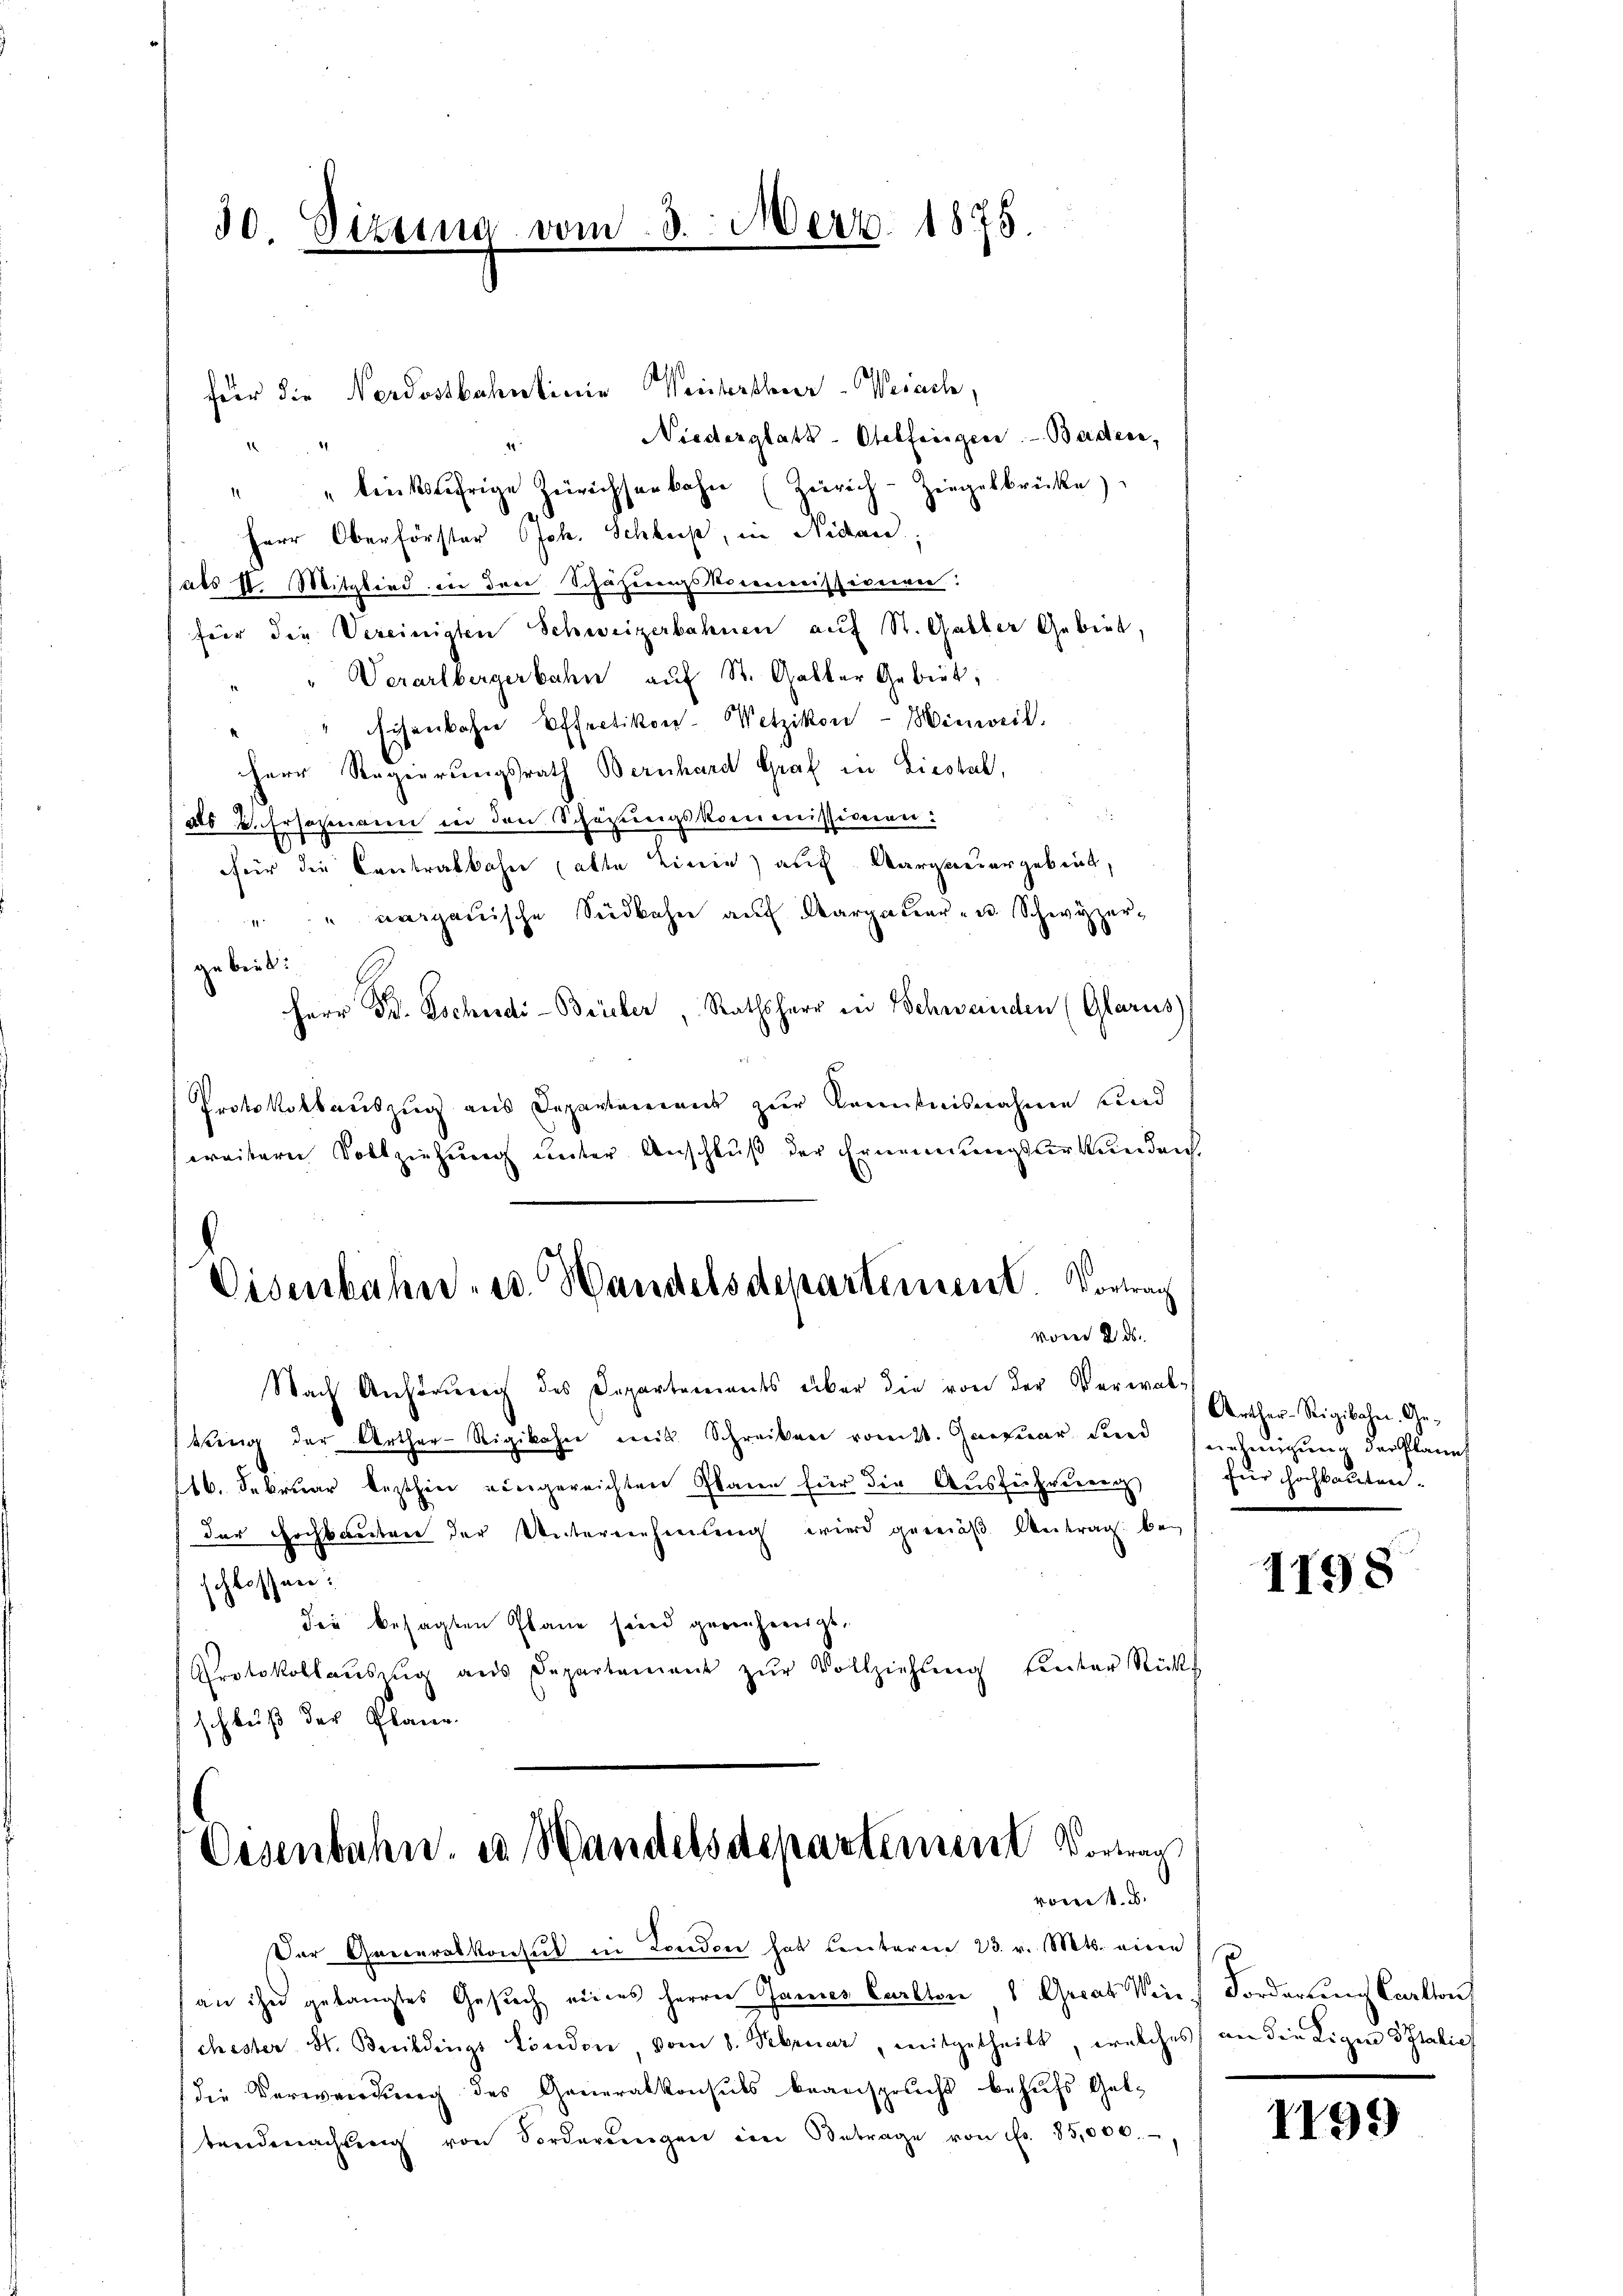
30. Sizung vom 3. Merz. 1875.

für die Nordostbahnlinie Weistertheuer-Werach.
Niederglatt-Otelfreigen - Baden,
.
" " linksufrige Zürichsankahn (Zürich-Zingelbrücke)
Herr Oberförster Joh. Schleiß, in Nidand
als II. Mitglied in den Schazungskommissionen:
für die Vereinigten Schweizerbahnen auf St. Galler Gebiet,
Verarlbergerbahn auf St. Galler Gebiet,
Eisenbahn Effectikon-Wetzikon - Hinweil.
Herr Regierungsrath Bernhard Graf in Liestal,
als u. Ersogeneien in den Schazungskommissionen:
für die Contralbahre (alte Linie) auf Aargauergebiet,
" " aargauische Südbahn auf Aargauer- u. Schwyzer-
gebiet.
Herr Dr. Tschudi-Brücker, Rathsherr in Schwenden (Glarus
Protokollauszug aus Departamens zur Kenntnisnahme sind
weitern Vollziehung unter Anschluß der Ernennungsurkunden
Eisenbahn, ed. Handelsdeparteinent. Vortrag
vom 2. ds.
Nach Anhörung des Departements über die von der Verwaltung der Arther-Rigikahn mit Schreiben vom 28. Januar den senzeigung der Planet
16. Februar lezthin einigereichten Plane für die Ausführerenz
der Hochbauten der Untereinheilung wird gemäß Beitrag bei
schlossen.
der besagten Plane seien gerecheneigt,
Protokollaŭszŭg aŭs Departement zŭr Vollziehŭng hinter Rücks
schluß der Plane.
Oesenbahn. es Wandelsdepartemen Vortrag
vom 1. d.

Der Queceralkonsul in London hat Centaren 23. v. Mts. eine
an ihn gelangtes Gesuch eines Herrn Jannes Carlton Geras Vieh Forderung Carlton
chester St. Beildings London, vom 8. Februar, mitgetheilt, welches an die Ligen Italie
die Verwendung des Generalkonsuls beansprucht behufs Geltendmachten von Forderŭngen ein Betrage von Fr. 85,000.

Arther-Seigibahn. Ge-
für Hochbauten.

1198

1199